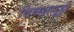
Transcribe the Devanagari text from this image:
दिनसमूहों